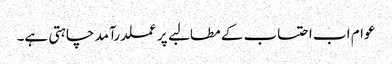
عوام اب احتساب کے مطالبے پر عملدرآمد چاہتی ہے۔